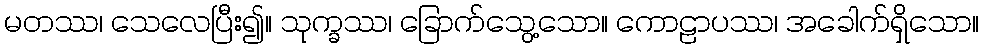
မတဿ၊ သေလေပြီး၍။ သုက္ခဿ၊ ခြောက်သွေ့သော။ ကောဠာပဿ၊ အခေါက်ရှိသော။